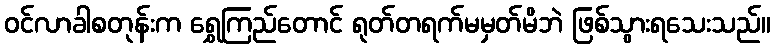
ဝင်လာခါစတုန်းက ရွှေကြည်တောင် ရုတ်တရက်မမှတ်မိဘဲ ဖြစ်သွားရသေးသည်။